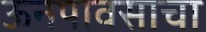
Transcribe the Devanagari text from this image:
ऊनपावसाचा